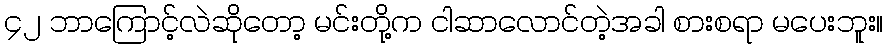
၄၂ ဘာကြောင့်လဲဆိုတော့ မင်းတို့က ငါဆာလောင်တဲ့အခါ စားစရာ မပေးဘူး။